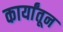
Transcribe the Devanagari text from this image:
कार्यांतून